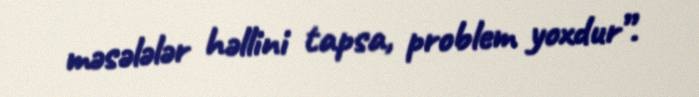
məsələlər həllini tapsa, problem yoxdur”.